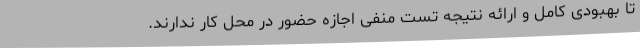
تا بهبودی کامل و ارائه نتیجه تست منفی اجازه حضور در محل کار ندارند.